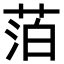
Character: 萡